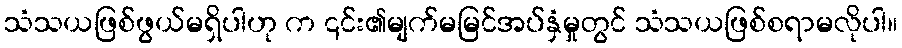
သံသယဖြစ်ဖွယ်မရှိပါဟု က ၎င်း၏မျက်မမြင်အပ်နှံမှုတွင် သံသယဖြစ်စရာမလိုပါ။